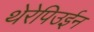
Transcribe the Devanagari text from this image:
थेरेपिउईन